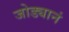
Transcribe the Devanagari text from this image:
जोड्यानं